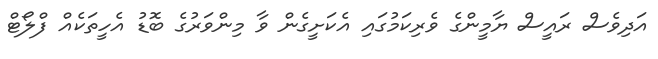
އަދިވެސް ރައީސް ޔާމީންގެ ވެރިކަމުގައި އެކަށީގެން ވާ މިންވަރުގެ ބޮޑު އެހީތަކެއް ފްލޯޓް